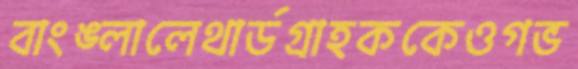
বাংঙ্লালেথার্ডগ্রাহককেওগভ